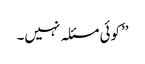
’’کوئی مسئلہ نہیں۔